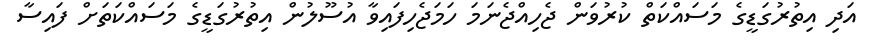
އަދި އިތުރުގަޑީގެ މަސައްކަތް ކުރުވަން ޖެހިއްޖެނަމަ ހަމަޖެހިފައިވާ އުސޫލުން އިތުރުގަޑީގެ މަސައްކަތަށް ފައިސާ